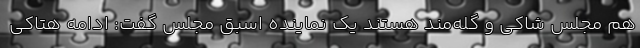
هم مجلس شاکی و گله‌مند هستند یک نماینده اسبق مجلس گفت: ادامه هتاکی